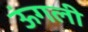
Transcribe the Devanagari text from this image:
ऊंगली